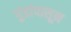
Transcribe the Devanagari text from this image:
गुंडांपासून